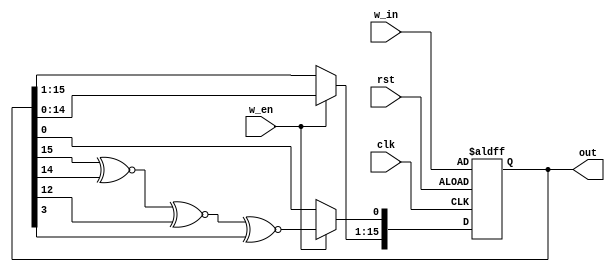
`timescale 1ns / 1ps

module LFSR_16(
    input clk,
    input rst,
    input w_en,
    input [15:0] w_in,
    output [15:0] out
);


    reg [15:0] r_LFSR;
     
    always @(posedge clk or posedge rst) begin
        if(rst) begin
            r_LFSR<=w_in;
        end
        else begin
            if(w_en==1) begin
                r_LFSR<=r_LFSR<<1;
                r_LFSR[0]<= r_LFSR[15]^~r_LFSR[14]^~r_LFSR[12]^~r_LFSR[3];
            end
        end
    end

    assign out = r_LFSR;

endmodule